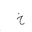
Letter: _kha